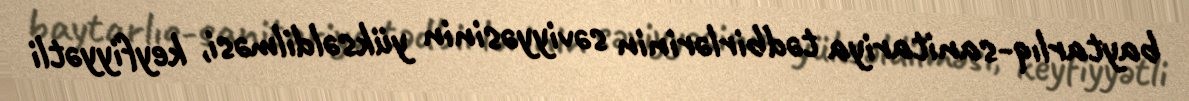
baytarlıq-sanitariya tədbirlərinin səviyyəsinin yüksəldilməsi, keyfiyyətli